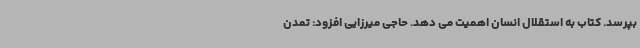
بپرسد. کتاب به استقلال انسان اهمیت می دهد. حاجی میرزایی افزود: تمدن